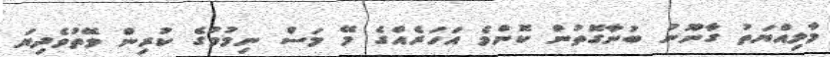
މާލިއްޔަތު ގާނޫނު ބުނާގޮތުން ކޮންމެ އަހަރެއްގެ މޭ މަސް ނިމުމުގެ ކުރިން ވޭތުވެދިޔަ